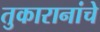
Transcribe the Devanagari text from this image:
तुकारानांचे